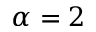
\alpha = 2